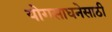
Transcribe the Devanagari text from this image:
योगसाधनेसाठी